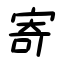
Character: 寄